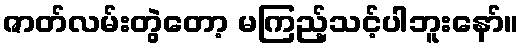
ဇာတ်လမ်းတွဲတော့ မကြည့်သင့်ပါဘူးနော်။